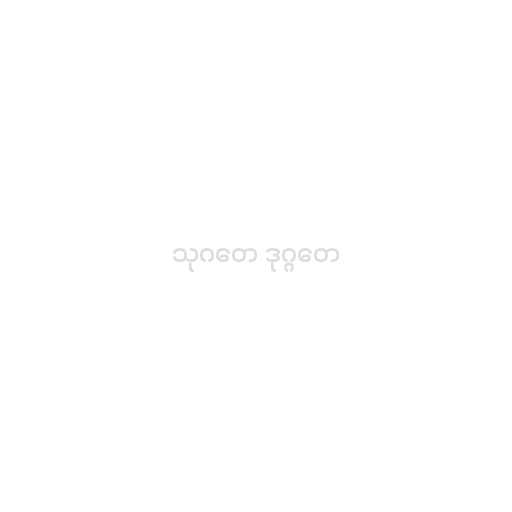
သုဂတေ ဒုဂ္ဂတေ